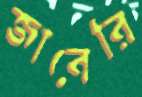
জাবেরি